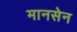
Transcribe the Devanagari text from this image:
मानसेन